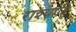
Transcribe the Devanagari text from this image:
राश्यादि